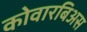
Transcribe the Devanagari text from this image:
कोवारबिअस